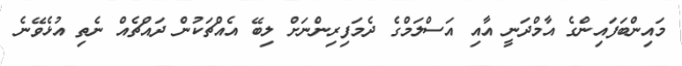
މައިންބަފައިންގެ އާމްދަނީ އާއި އަސްލަމްގެ ދެމަފިރިންނަށް ލިބޭ އެއްޗަކުން ދައްޗެއް ނެތި އުޅެވޭނެ